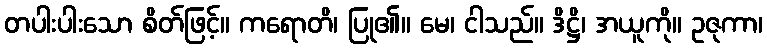
တပါးပါးသော စိတ်ဖြင့်။ ကရောတိ၊ ပြု၏။ မေ၊ ငါသည်။ ဒိဋ္ဌိ၊ အယူကို။ ဥဇုကာ၊